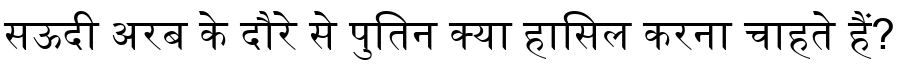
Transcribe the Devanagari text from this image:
सऊदी अरब के दौरे से पुतिन क्या हासिल करना चाहते हैं?